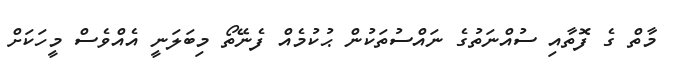
މާތް ގެ ފޮތާއި ސުއްނަތުގެ ނައްސުތަކުން ޙުކުމެއް ފެނޭތޯ މިބަލަނީ އެއްވެސް މީހަކަށް